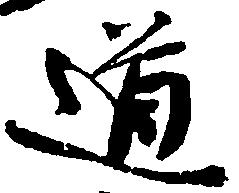
道